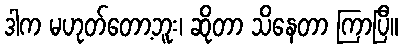
ဒါက မဟုတ်တော့ဘူး၊ ဆိုတာ သိနေတာ ကြာပြီ။